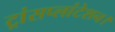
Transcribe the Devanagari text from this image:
ट्रांसप्लांटेशन।